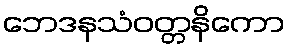
ဘေဒနသံဝတ္တနိကော